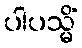
ပါပသ္မိံ